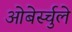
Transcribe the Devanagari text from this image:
ओबेर्स्चुले